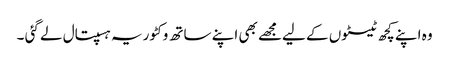
وہ اپنے کچھ ٹیسٹوں کے لیےمجھے بھی اپنے ساتھ وکٹوریہ ہسپتال لے گئی ۔